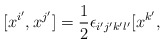
\begin{align*}[x^{i'}, x^{j'} ] = \frac{1}{2}\epsilon_{i'j'k'l'}[x^{k'},\end{align*}